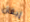
إيفان